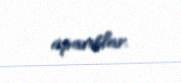
aparıblar.